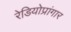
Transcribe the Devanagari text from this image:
रेडियोप्रांगार